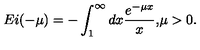
E i ( - \mu ) = - \int _ { 1 } ^ { \infty } d x \frac { e ^ { - \mu x } } { x } { , } \mu > 0 { . }